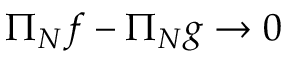
\Pi _ { N } f - \Pi _ { N } g \to 0